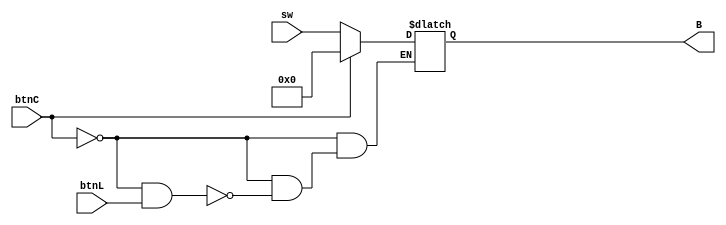
`timescale 1ns / 1ps
//////////////////////////////////////////////////////////////////////////////////
// Company: 
// Engineer: 
// 
// Design Name: 
// Module Name: RegB
// Project Name: 
// Target Devices: 
// Tool Versions: 
// Description: 
// 
// Dependencies: 
// 
// Revision:
// Revision 0.01 - File Created
// Additional Comments:
// 
//////////////////////////////////////////////////////////////////////////////////


module RegB(
    input [3:0] sw,
    input btnC,
    input btnL,
    output [3:0] B
    );
    
    reg [3:0] W;
    
    assign B = W;
always @(btnC or btnL)
    begin
		if(btnC == 1)
		begin
		W = 4'b0000;
		end
		else if(btnC == 0 && btnL == 1)
		begin
		W = sw;
		end
		if(btnC == 0 && btnL == 0)
		begin	
		W = W;	
		end
	end 
endmodule